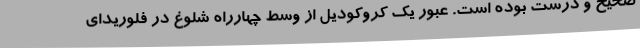
صحیح و درست بوده است. عبور یک کروکودیل از وسط چهارراه شلوغ در فلوریدای